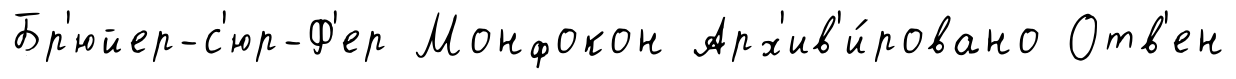
Бр'юйер-с'юр-Ф'ер Монфокон Арх'ив'и́ровано Отв'ен